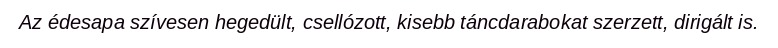
Az édesapa szívesen hegedült, csellózott, kisebb táncdarabokat szerzett, dirigált is.